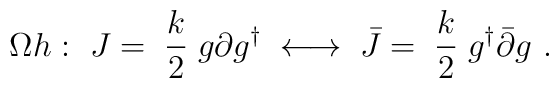
\Omega h:\  J =\; \frac{k}{2}\; g \partial g^\dagger \;\; { \longleftrightarrow}\;\; {\bar J} =\;\frac{k}{2}\;   g^\dagger {\bar \partial}  g\ .